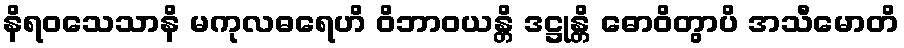
နိရဝသေသာနိ မကုလဓရေဟိ ဝိဘာဝယန္တိ ဒဋ္ဌုန္တိ ဓောဝိတွာပိ အသီမောတိ